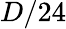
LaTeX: D/24